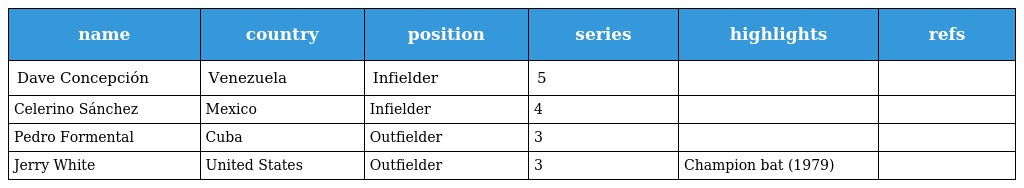
| name | country | position | series | highlights | refs |
 | --- | --- | --- | --- | --- | --- |
 | Dave Concepción | Venezuela | Infielder | 5 |  |  |
 | Celerino Sánchez | Mexico | Infielder | 4 |  |  |
 | Pedro Formental | Cuba | Outfielder | 3 |  |  |
 | Jerry White | United States | Outfielder | 3 | Champion bat (1979) |  |